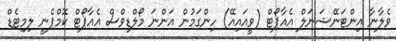
ވެލާނާ އިންޓަނޭޝަނަލް އެއާޕޯޓް (ވީއައިއޭ) ހިންގަމުން އަންނަ މޯލްޑިވްސް އެއާޕޯޓް ކޮމްޕެނީ ލިމިޓެޑް